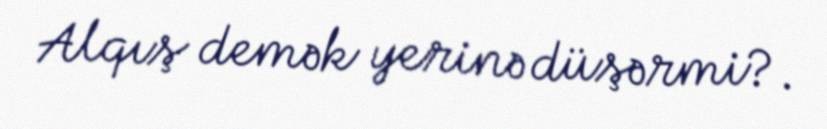
Alqış demək yerinə düşərmi?.